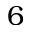
6